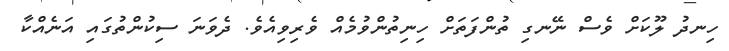
ހިނދު ލޫކަށް ވެސް ނޭނގި ތުންފަތަށް ހިނިތުންވުމެއް ވެރިވިއެވެ. ދެވަނަ ސިކުންތުގައި އަނެއްކާ